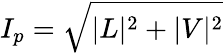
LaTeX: I_{p}={\sqrt{|L|^{2}+|V|^{2}}}